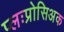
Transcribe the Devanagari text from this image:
प्लःप्रोसिअक